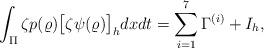
LaTeX: \begin{align*} \int_{\Pi}\zeta p(\varrho)\big[\zeta\psi(\varrho)\big]_h dxdt =\sum\limits_{i=1}^7 \Gamma^{(i)}+I_h,\end{align*}